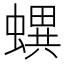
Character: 𧑌